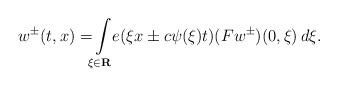
LaTeX: \begin{align*} w ^ \pm ( t , x ) = \! \! \int \limits _ { \xi \in \mathbf R } \! \! e ( \xi x \pm c \psi ( \xi ) t ) ( F w ^ \pm ) ( 0 , \xi ) \, d \xi .\end{align*}